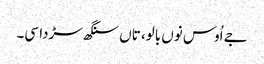
جے اُوس نوں بالو، تاں سنگھ سڑدا سی۔